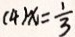
( 4 ) x = \frac { 1 } { 3 }